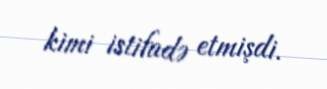
kimi istifadə etmişdi.